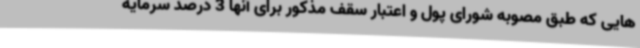
هایی که طبق مصوبه شورای پول و اعتبار سقف مذکور برای آنها 3 درصد سرمایه